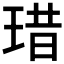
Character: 𤦘